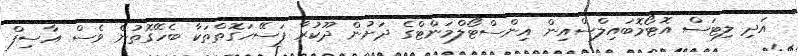
އަދި ލިޓަސް އޮޓޯމޮބައިލްސްއިން އިންސްޓޯލްމަންޓްގެ ދަށުން ދޫކުރާ ފަސޭހަގޮތްތަކާ ބެހޭގޮތުން ވެސް އާސިފް